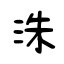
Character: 洙